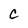
Character: C